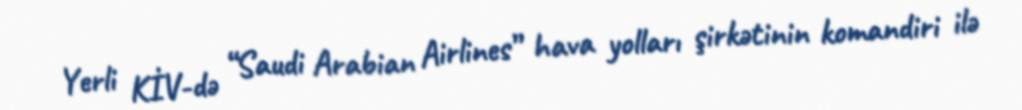
Yerli KİV-də “Saudi Arabian Airlines” hava yolları şirkətinin komandiri ilə